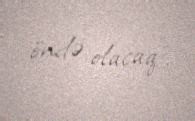
öndə olacaq".